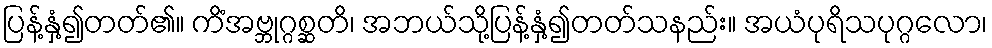
ပြန့်နှံ့၍တတ်၏။ ကိံအဗ္ဘုဂ္ဂစ္ဆတိ၊ အဘယ်သို့ပြန့်နှံ့၍တတ်သနည်း။ အယံပုရိသပုဂ္ဂလော၊